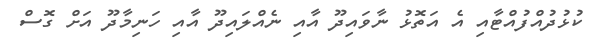
ކުޅުދުއްފުއްޓާއި އެ އަތޮޅު ނާވައިދޫ އާއި ނެއްލައިދޫ އާއި ހަނިމާދޫ އަށް ގޮސް